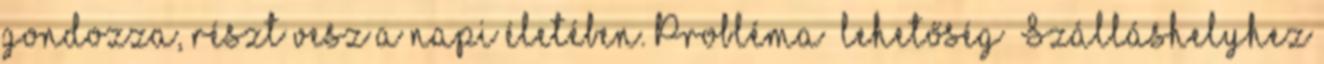
gondozza, részt vesz a napi életében. Probléma lehetőség ▪Szálláshelyhez